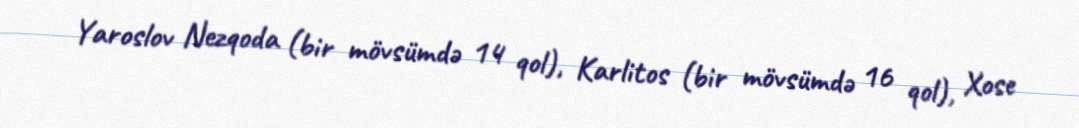
Yaroslov Nezqoda (bir mövsümdə 14 qol), Karlitos (bir mövsümdə 16 qol), Xose